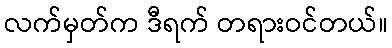
လက်မှတ်က ဒီရက် တရားဝင်တယ်။